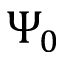
\Psi _ { 0 }